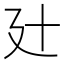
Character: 𢌗